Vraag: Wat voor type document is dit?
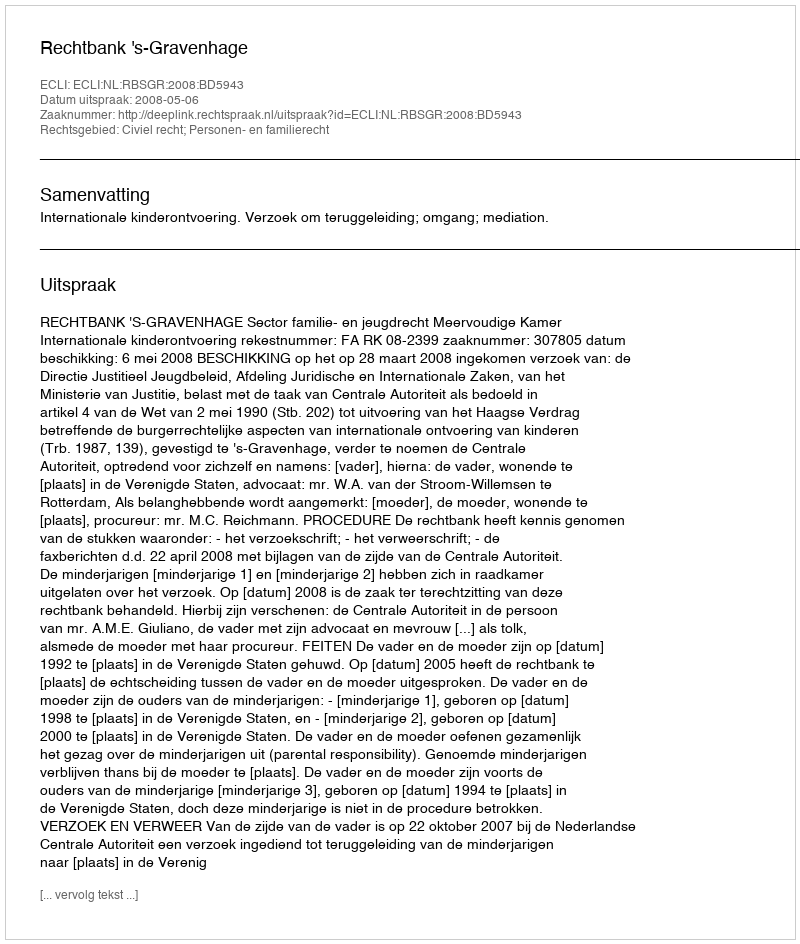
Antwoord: Uitspraak